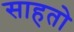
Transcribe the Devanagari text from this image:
साहतो